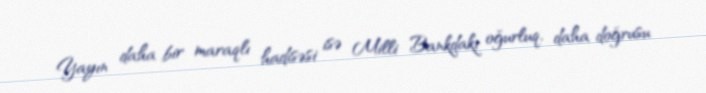
Yayın daha bir maraqlı hadisəsi isə Milli Bankdakı oğurluq, daha doğrusu